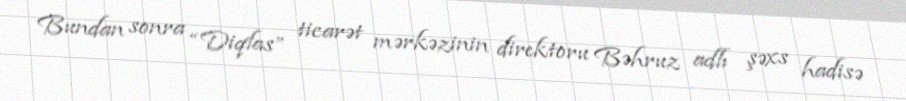
Bundan sonra “Diqlas” ticarət mərkəzinin direktoru Bəhruz adlı şəxs hadisə